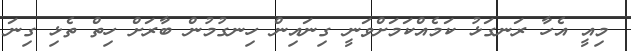
މިއީ އެހާ ރަނގަޅު ކަމެއްކަމަށްވަނީ ގިނައިން ހިނގުމުން ބާރަށް ހިތް ތެޅި ގިނަ